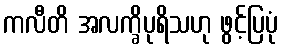
ကလီတိ အလက္ခိပုရိသဟု ဖွင့်ပြပုံ